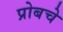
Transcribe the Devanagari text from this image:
प्रोबचे